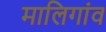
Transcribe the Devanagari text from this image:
मालिगांव